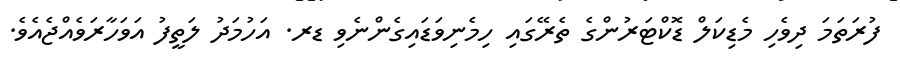
ފުރަތަމަ ދިވެހި މެޑިކަލް ޑޮކްޓަރުންގެ ތެރޭގައި ހިމެނިވަޑައިގެންނެވި ޑރ. އަހުމަދު ލަތީފު އަވަހާރަވެއްޖެއެވެ.